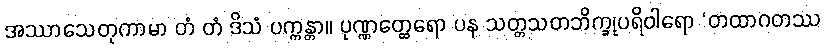
အဿာသေတုကာမာ တံ တံ ဒိသံ ပက္ကန္တာ။ ပုဏ္ဏတ္ထေရော ပန သတ္တသတဘိက္ခုပရိဝါရော ‘တထာဂတဿ